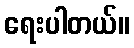
ရေးပါတယ်။